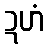
ဍဟံ